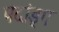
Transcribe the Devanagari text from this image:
पदांङ्ग